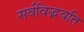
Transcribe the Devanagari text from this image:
सर्वविद्भवति